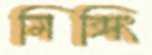
মিক্সিং